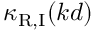
\kappa _ { \mathrm { R , I } } ( k d )